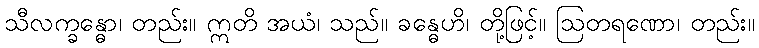
သီလက္ခန္ဓော၊ တည်း။ ဣတိ အယံ၊ သည်။ ခန္ဓေဟိ၊ တို့ဖြင့်။ ဩတရဏော၊ တည်း။